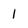
Character: 1